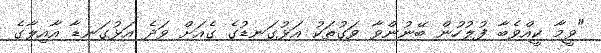
"ވީމާ ކީއްވެބާ ފުލުހުން ބޭނުންވާ ވަގުތަކު އަޅުގަނޑުގެ ގެއަށް ވަދެ އަޅުގަނޑާ އާއިލާގެ